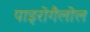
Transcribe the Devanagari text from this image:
पाइरोगैलोल